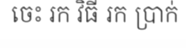
ចេះ រក វិធី រក ប្រាក់